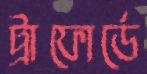
ট্রাফোর্ডে